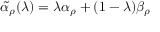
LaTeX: { \tilde { \alpha } } _ { \rho } ( \lambda ) = \lambda \alpha _ { \rho } + ( 1 - \lambda ) \beta _ { \rho }